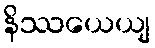
နိဿယေယျ